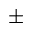
\pm